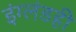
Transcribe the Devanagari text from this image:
इंग्लंडही